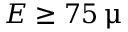
E \ge 7 5 \, \upmu